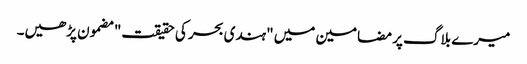
میرے بلاگ پر مضامین میں "ہندی بحر کی حقیقت" مضمون پڑھیں۔